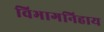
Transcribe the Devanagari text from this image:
विभागनिहाय